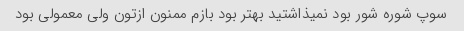
سوپ شوره شور بود نمیذاشتید بهتر بود بازم ممنون ازتون ولی معمولی بود